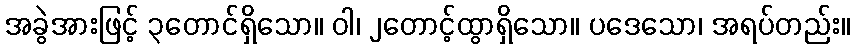
အခွဲအားဖြင့် ၃တောင်ရှိသော။ ဝါ၊ ၂တောင့်ထွာရှိသော။ ပဒေသော၊ အရပ်တည်း။